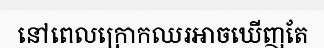
នៅពេលក្រោកឈរអាចឃើញតែ